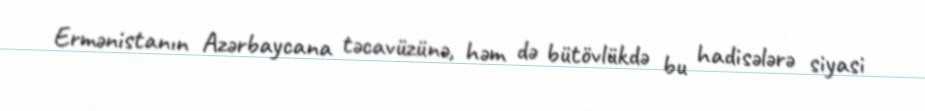
Ermənistanın Azərbaycana təcavüzünə, həm də bütövlükdə bu hadisələrə siyasi